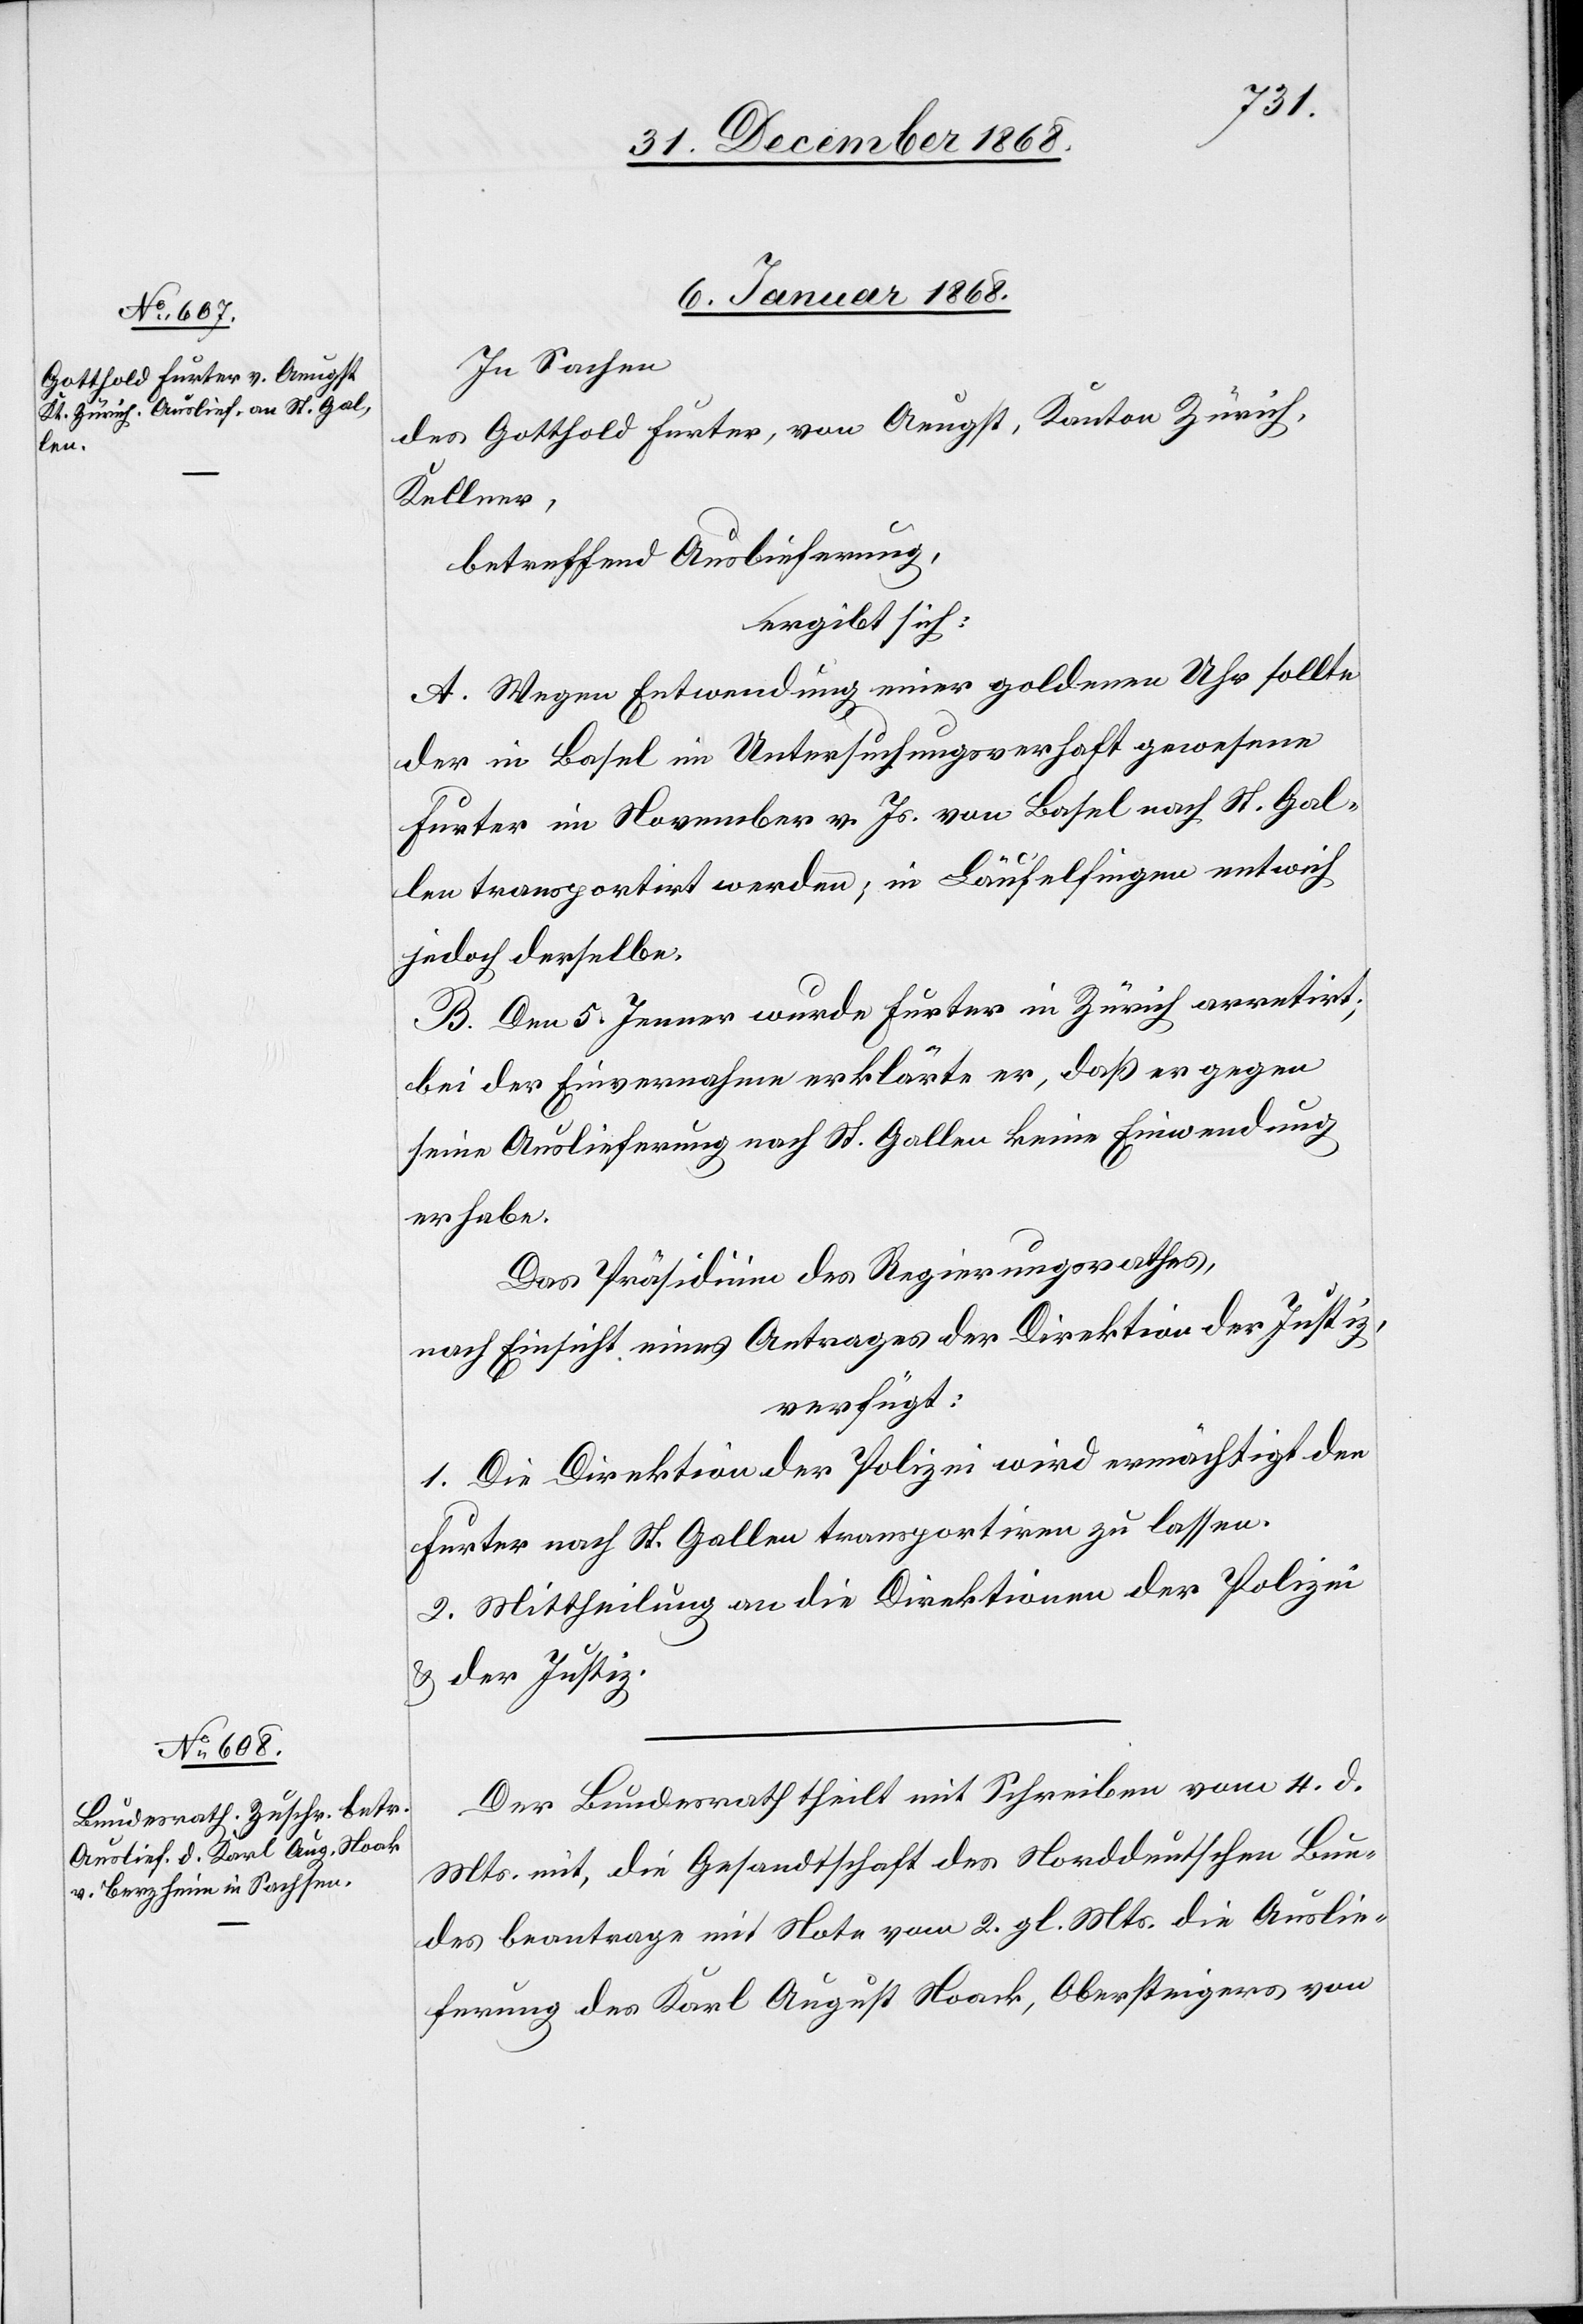
6. Januar 1869.]
In Sachen
des Gotthold Furter, von Aeugst, Kanton Zürich,
Kellner,
betreffend Auslieferung,
ergibt sich:
A. Wegen Entwendung einer goldenen Uhr sollte
der in Basel im Untersuchungsverhaft gewesene
Furter im November v. Js. von Basel nach St. Gal¬
len transportirt werden; in Läufelfingen entwich
jedoch derselbe.
B. Den 5. Jenner wurde Furter in Zürich arretirt;
bei der Einvernahme erklärte er, daß er gegen
seine Auslieferung nach St. Gallen keine Einwendung
erhebe.
Das Präsidium des Regierungsrathes,
nach Einsicht eines Antrages der Direktion der Justiz,
verfügt:
1. Die Direktion der Polizei wird ermächtigt den
Furter nach St. Gallen transportiren zu lassen.
2. Mittheilung an die Direktionen der Polizei
& der Justiz.
Der Bundesrath theilt mit Schreiben vom 4. d.
Mts. mit, die Gesandtschaft des Norddeutschen Bun¬
des beantrage mit Note vom 2. gl. Mts. die Auslie¬
ferung des Karl August Noack [sic!], Obersteigers von